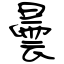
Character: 曇